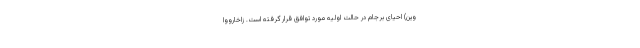
وین) احیای برجام در حالت اولیه مورد توافق قرار گرفته است. زاخارووا